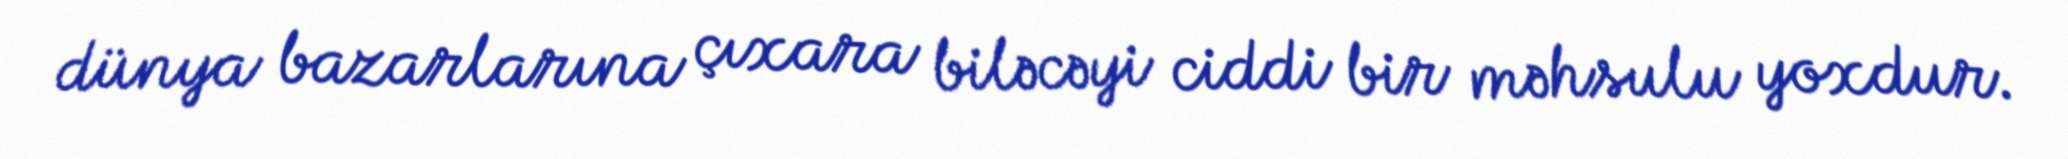
dünya bazarlarına çıxara biləcəyi ciddi bir məhsulu yoxdur.